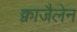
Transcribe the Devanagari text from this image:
क्वाजैलेन